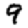
Digit: 9